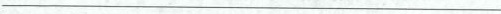
___